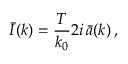
\bar { I } ( k ) = { \frac { T } { k _ { 0 } } } 2 i \, \bar { a } ( k ) \, ,